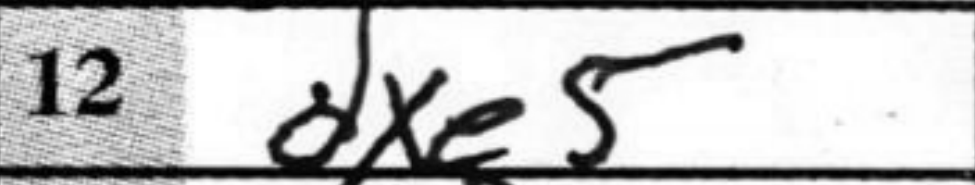
Transcription: dxe5